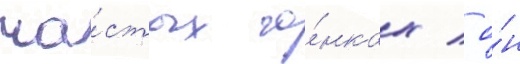
ча́стых го́нках / о́н